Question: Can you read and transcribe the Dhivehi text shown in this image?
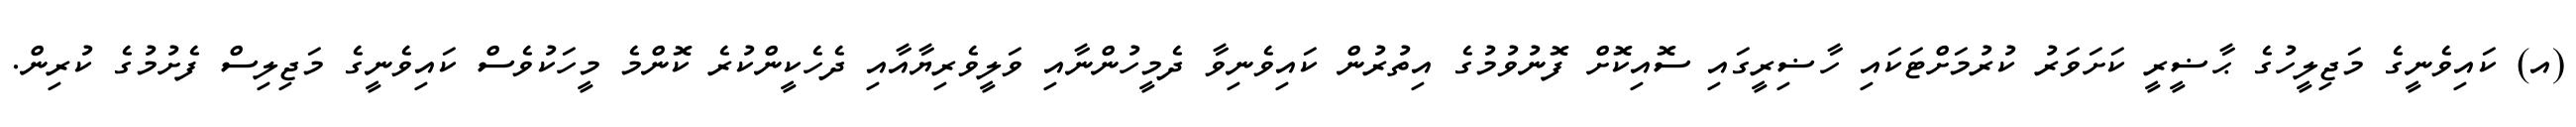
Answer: (އ) ކައިވެނީގެ މަޖިލީހުގެ ޙާޟީރީ ކަށަވަރު ކުރުމަށްޓަކައި ހާޟިރީގައި ސޮއިކޮށް ފޮނުވުމުގެ އިތުރުން ކައިވެނިވާ ދެމީހުންނާއި ވަލީވެރިޔާއާއި ދެހެކީންކުރެ ކޮންމެ މީހަކުވެސް ކައިވެނީގެ މަޖިލިސް ފެށުމުގެ ކުރިން.